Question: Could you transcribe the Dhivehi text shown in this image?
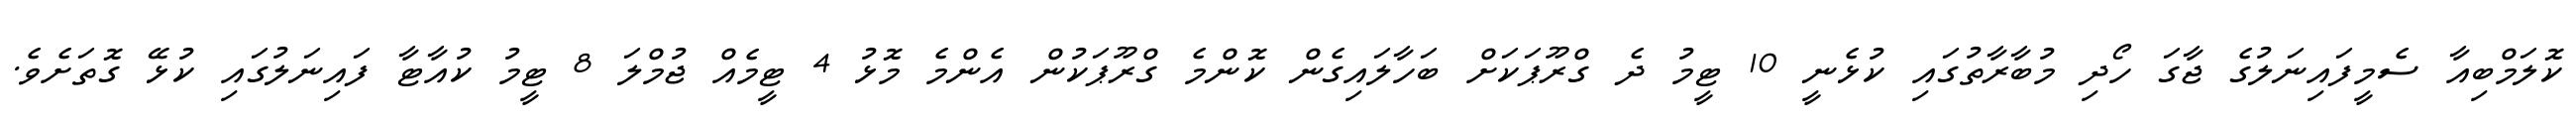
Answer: ކޮލަމްބިއާ ސެމީފައިނަލުގެ ޖާގަ ހޯދި މުބާރާތުގައި ކުޅެނީ 10 ޓީމު ދެ ގްރޫޕަކަށް ބަހާލައިގެން ކޮންމެ ގްރޫޕަކުން އެންމެ މޮޅު 4 ޓީމެއް ޖުމްލަ 8 ޓީމު ކުއާޓާ ފައިނަލުގައި ކުޅޭ ގޮތަށެވެ.